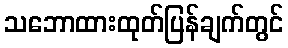
သဘောထားထုတ်ပြန်ချက်တွင်